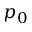
p _ { 0 }